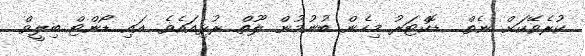
ކުރެވޭކަށް ނެތް.. ޑޮކްޓަރު މިހެން ބުނުމުން ލޫތް ރުޅިއައެވެ. އައި ޑޯންޓް ބިލީވް